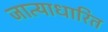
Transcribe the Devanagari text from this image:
जात्याधारित